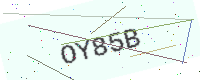
Text: OY85B